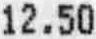
12.50